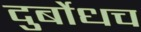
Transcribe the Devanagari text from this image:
दुर्बोधच